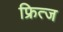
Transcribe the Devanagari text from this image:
फ्रित्ज